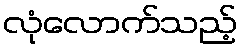
လုံလောက်သည့်